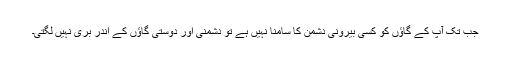
جب تک آپ کے گاؤں کو کسی بیرونی دشمن کا سامنا نہیں ہے تو دشمنی اور دوستی گاؤں کے اندر بری نہیں لگتی۔